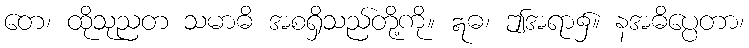
တေ၊ ထိုသုညတ သမာဓိ အစရှိသည်တို့ကို။ ဣဓ၊ ဤအရာ၌။ နအဓိပ္ပေတာ၊